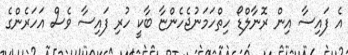
އެ ފައިސާ އިން ރޮނާލްޑޯ ހިތްހަމަނުޖެހެންޏާ ބާކީ ހުރި ފައިސާ ވެސް އަހަރެންގެ